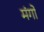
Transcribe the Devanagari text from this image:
मंगो